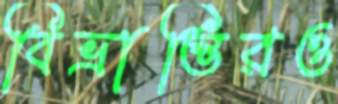
বিভ্রান্তিরও